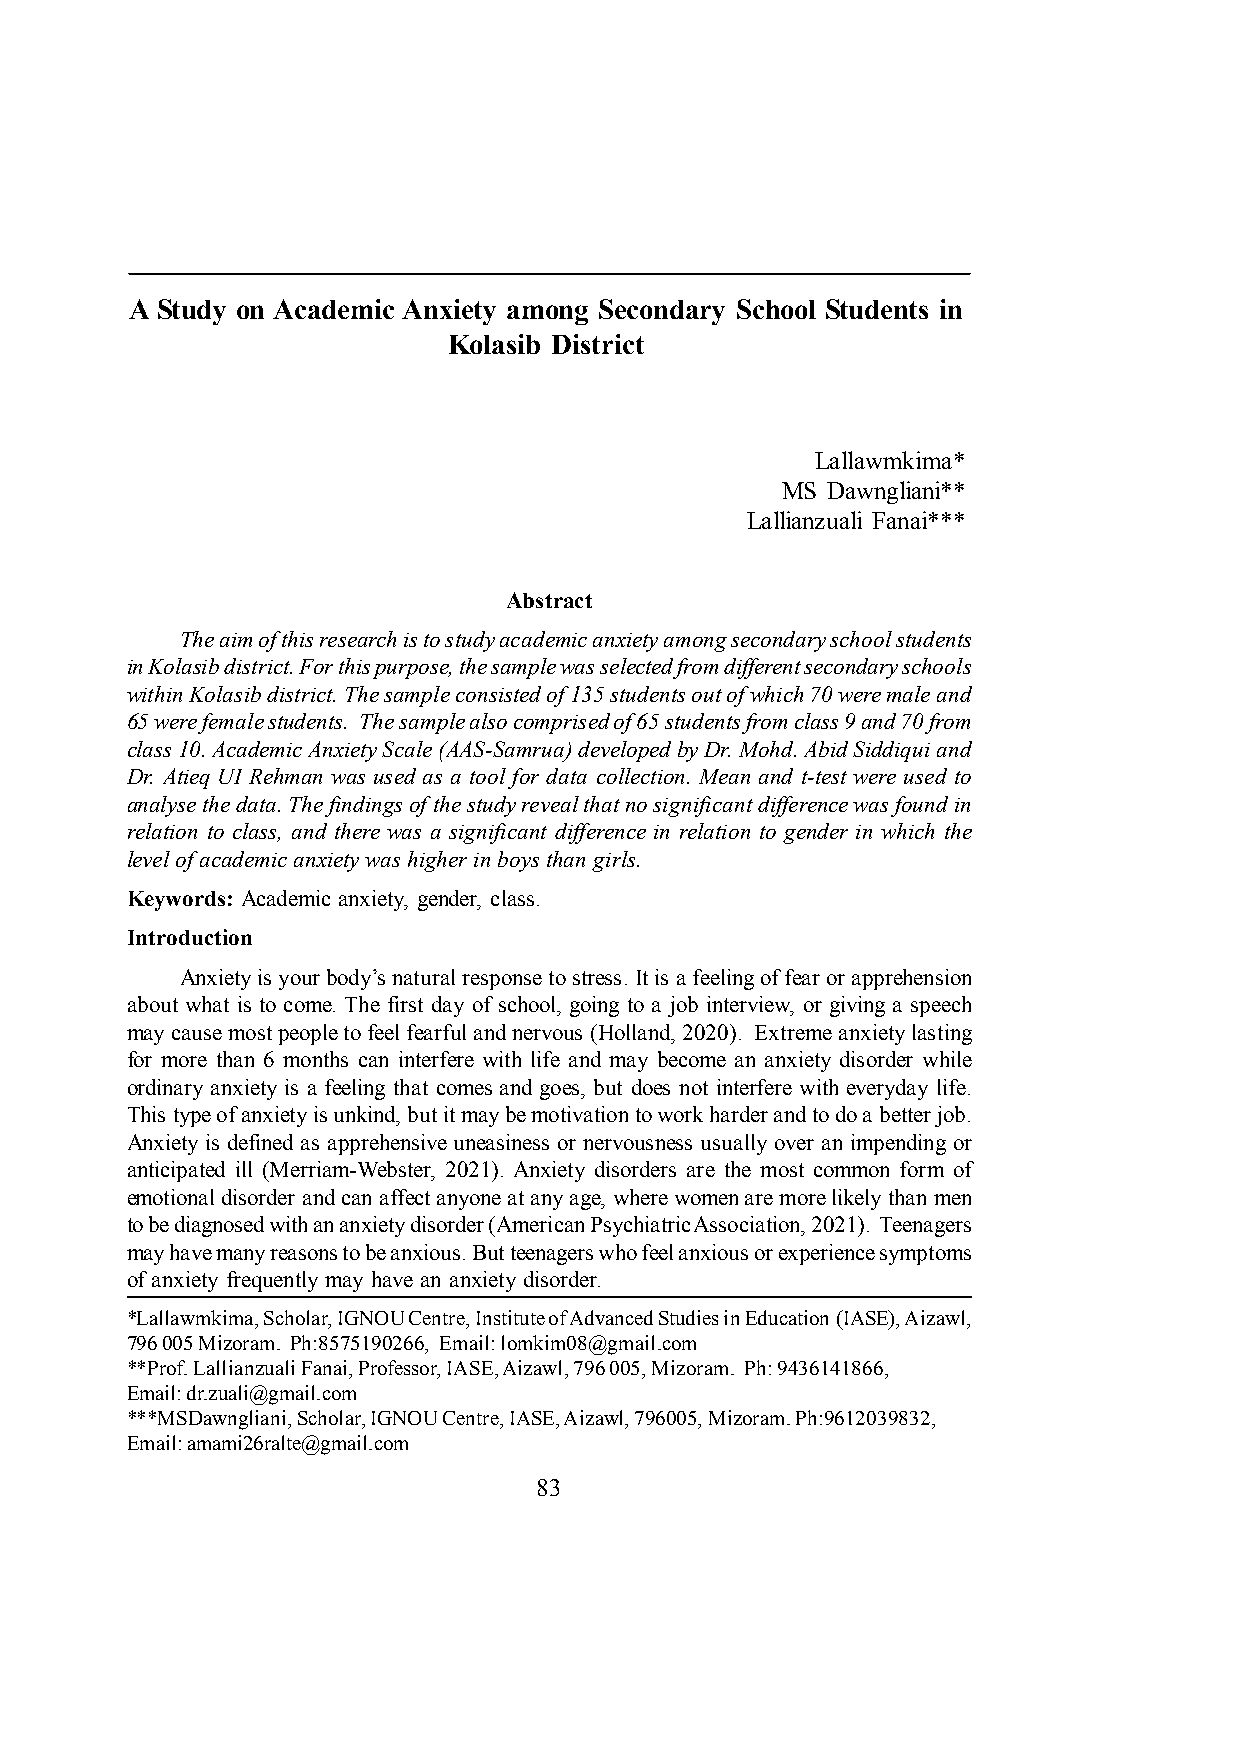
A Study on Academic Anxiety among Secondary School Students in
 Kolasib District
 Lallawmkima*
 MS Dawngliani**
 Lallianzuali Fanai***
 Abstract
 The aim of this research is to study academic anxiety among secondary school students
 in Kolasib district. For this purpose, the sample was selected from different secondary schools
 within Kolasib district. The sample consisted of 135 students out of which 70 were male and
 65 were female students. The sample also comprised of 65 students from class 9 and 70 from
 class 10. Academic Anxiety Scale (AAS-Samrua) developed by Dr. Mohd. Abid Siddiqui and
 Dr. Atieq UI Rehman was used as a tool for data collection. Mean and t-test were used to
 analyse the data. The findings of the study reveal that no significant difference was found in
 relation to class, and there was a significant difference in relation to gender in which the
 level of academic anxiety was higher in boys than girls.
 Keywords: Academic anxiety, gender, class.
 Introduction
 Anxiety is your body’s natural response to stress. It is a feeling of fear or apprehension
 about what is to come. The first day of school, going to a job interview, or giving a speech
 may cause most people to feel fearful and nervous (Holland, 2020). Extreme anxiety lasting
 for more than 6 months can interfere with life and may become an anxiety disorder while
 ordinary anxiety is a feeling that comes and goes, but does not interfere with everyday life.
 This type of anxiety is unkind, but it may be motivation to work harder and to do a better job.
 Anxiety is defined as apprehensive uneasiness or nervousness usually over an impending or
 anticipated ill (Merriam-Webster, 2021). Anxiety disorders are the most common form of
 emotional disorder and can affect anyone at any age, where women are more likely than men
 to be diagnosed with an anxiety disorder (American Psychiatric Association, 2021). Teenagers
 may have many reasons to be anxious. But teenagers who feel anxious or experience symptoms
 of anxiety frequently may have an anxiety disorder.
 *Lallawmkima, Scholar, IGNOU Centre, Institute of Advanced Studies in Education (IASE), Aizawl,
 796 005 Mizoram. Ph:8575190266, Email: lomkim08@gmail.com
 **Prof. Lallianzuali Fanai, Professor, IASE, Aizawl, 796 005, Mizoram. Ph: 9436141866,
 Email: dr.zuali@gmail.com
 ***MSDawngliani, Scholar, IGNOU Centre, IASE, Aizawl, 796005, Mizoram. Ph:9612039832,
 Email: amami26ralte@gmail.com
 83